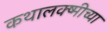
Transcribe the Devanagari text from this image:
कथालक्ष्मीच्या